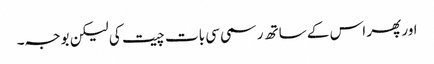
اور پھر اس کے ساتھ رسمی سی بات چیت کی لیکن بوجہ۔